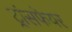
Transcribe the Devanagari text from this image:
ट्रांसफेयर